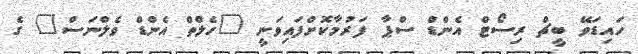
ހައިޑަވޭ ބީޗް ރިސޯޓް އެންޑް ސްޕާ ފަރުމާކޮށްފައިވަނީ "ހެލްތް އެންޑް ވެލްނަސް" ގެ